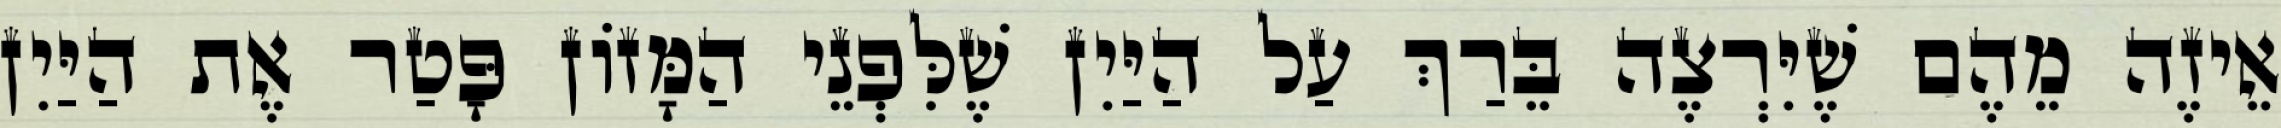
אֵיזֶה מֵהֶם שֶׁיִּרְצֶה בֵּרַךְ עַל הַיַּיִן שֶׁלִּפְנֵי הַמָּזוֹן פָּטַר אֶת הַיַּיִן